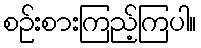
စဉ်းစားကြည့်ကြပါ။